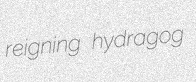
reigning hydragog